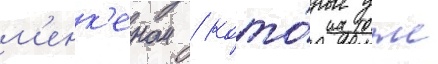
м'енк'еном / кото́рые уже